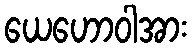
ယေဟောဝါအား